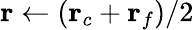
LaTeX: \mathbf r\gets(\mathbf r_{c}+\mathbf r_{f})/2